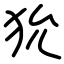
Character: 狁